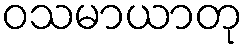
ဝသမာယာတု